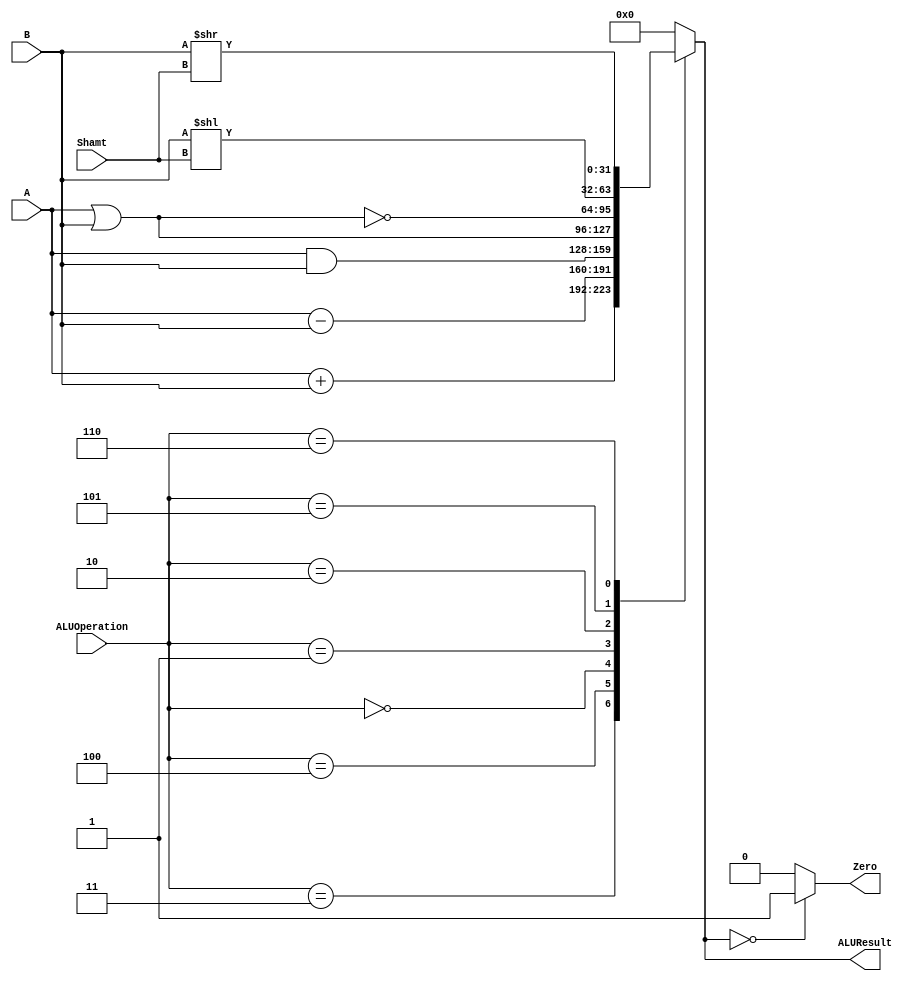
/******************************************************************
* Description
*	This is an 32-bit arithetic logic unit that can execute the next set of operations:
*		add
*		sub
*		or
*		and
*		nor
* This ALU is written by using behavioral description.
* Version:
*	1.0
* Author:
*	Dr. Jos Luis Pizano Escalante
* email:
*	luispizano@iteso.mx
* Date:
*	01/03/2014
******************************************************************/

module ALU 
(	
	input [4:0] Shamt,
	input [3:0] ALUOperation,
	input [31:0] A,
	input [31:0] B,
	output reg Zero,
	output reg [31:0]ALUResult
	
);
localparam AND = 4'b0000;
localparam OR  = 4'b0001;
localparam NOR = 4'b0010;
localparam ADD = 4'b0011;
localparam SUB = 4'b0100;
localparam SLL = 4'b0101;
localparam SRL = 4'b0110;



   always @ (A or B or Shamt or ALUOperation)
     begin
		case (ALUOperation)
		  ADD: // add
			ALUResult=A + B;
		  SUB: // sub
			ALUResult=A - B;
		  AND: // and
			ALUResult= A & B;
		  OR: // or
			ALUResult= A | B;
		  NOR: // or
			ALUResult= ~(A|B);
		  SLL:
			ALUResult= B << Shamt;
		  SRL:
			ALUResult= B >> Shamt;
		default:
			ALUResult= 0;
		endcase // case(control)
		Zero = (ALUResult==0) ? 1'b1 : 1'b0;
     end // always @ (A or B or control)
endmodule // ALU